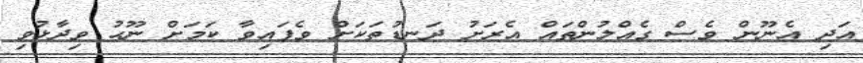
އަދި އެނޫން ވެސް ގެއްލުންތައް އެރަށު ދަނޑުތަކަށް ވެފައިވާ ކަމަށް ނޫޙު ވިދާޅުވި